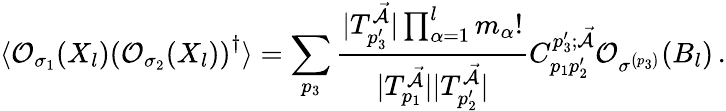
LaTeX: \langle\mathcal{O}_{\sigma_{1}}(X_{l})\left(\mathcal{O}_{\sigma_{2}}(X_{l})\right)^{\dagger}\rangle=\sum_{p_{3}}\frac{|T_{p_{3}^{\prime}}^{\mathcal{\vec{A}}}|\prod_{\alpha=1}^{l}m_{\alpha}!}{|T_{p_{1}}^{\mathcal{\vec{A}}}||T_{p_{2}^{\prime}}^{\mathcal{\vec{A}}}|}C_{p_{1}p_{2}^{\prime}}^{p_{3}^{\prime};\mathcal{\vec{A}}}\mathcal{O}_{\sigma^{\left(p_{3}\right)}}(B_{l})\, .